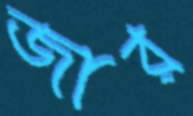
জার